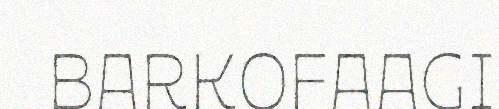
BARKOFAAGI